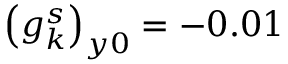
\left( g _ { k } ^ { s } \right) _ { y 0 } = - 0 . 0 1